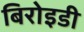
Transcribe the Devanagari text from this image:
बिरोइडी